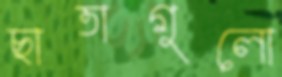
ছাতাগুলো